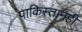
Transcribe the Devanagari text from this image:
पाकिस्तानही